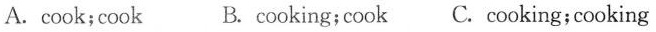
A.cook;cook B. cooking;cook C. cooking;cooking